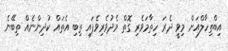
އިބްތިހާލްއަށް މިވީ ދެރަ ހިތާމަވެރި ގޮތް މެދުވެރިވެފައި ތިބި އެތައް ކުދިންނެއް ތިބޭނެ